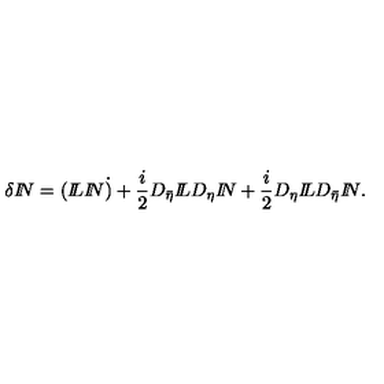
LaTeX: \delta { I \! \! N } = ( { I \! \! L } { I \! \! N } \dot { ) } + \frac { i } { 2 } D _ { \bar { \eta } } { I \! \! L } D _ { \eta } { I \! \! N } + \frac { i } { 2 } D _ { \eta } { I \! \! L } D _ { \bar { \eta } } { I \! \! N } .